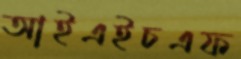
আইএইচএফ